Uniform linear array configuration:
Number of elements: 4
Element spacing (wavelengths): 0.5
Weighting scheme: blackman
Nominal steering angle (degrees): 45
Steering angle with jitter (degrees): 45.378
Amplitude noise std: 0.05
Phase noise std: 0.05

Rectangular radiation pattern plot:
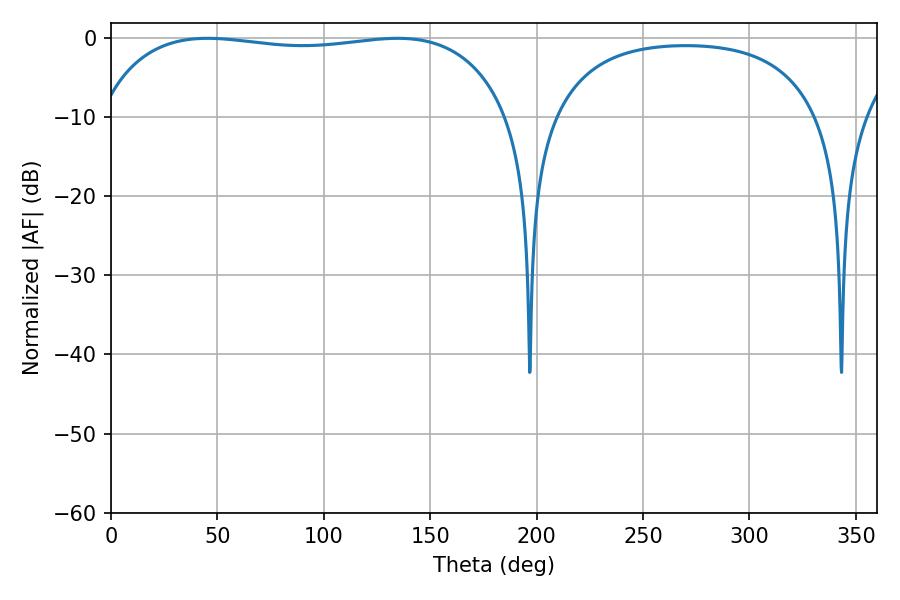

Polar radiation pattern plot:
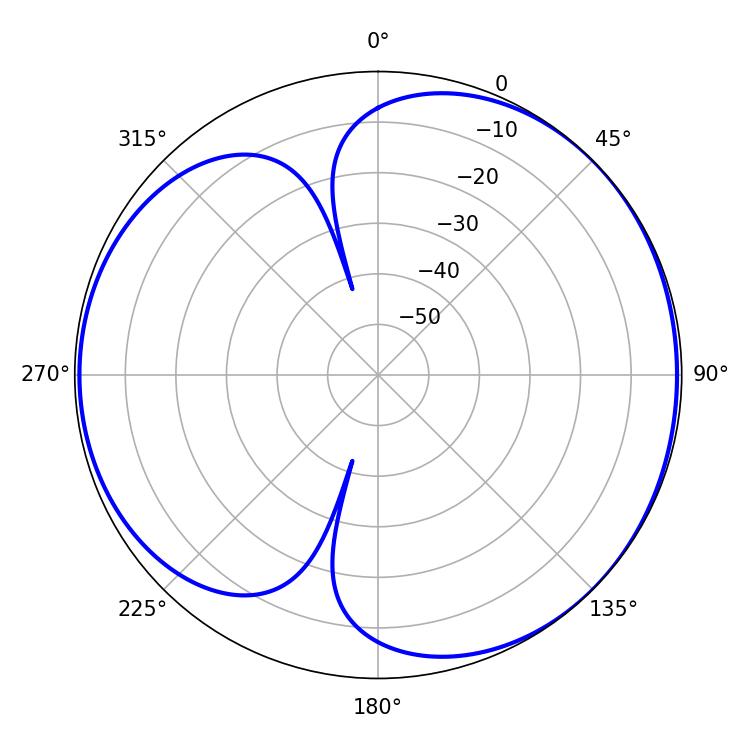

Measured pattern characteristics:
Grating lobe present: FALSE
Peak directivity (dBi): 4.533
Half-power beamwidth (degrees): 155.52
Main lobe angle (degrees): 45.36